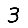
Digit: 3